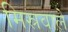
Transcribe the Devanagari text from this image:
मिस्रवाले